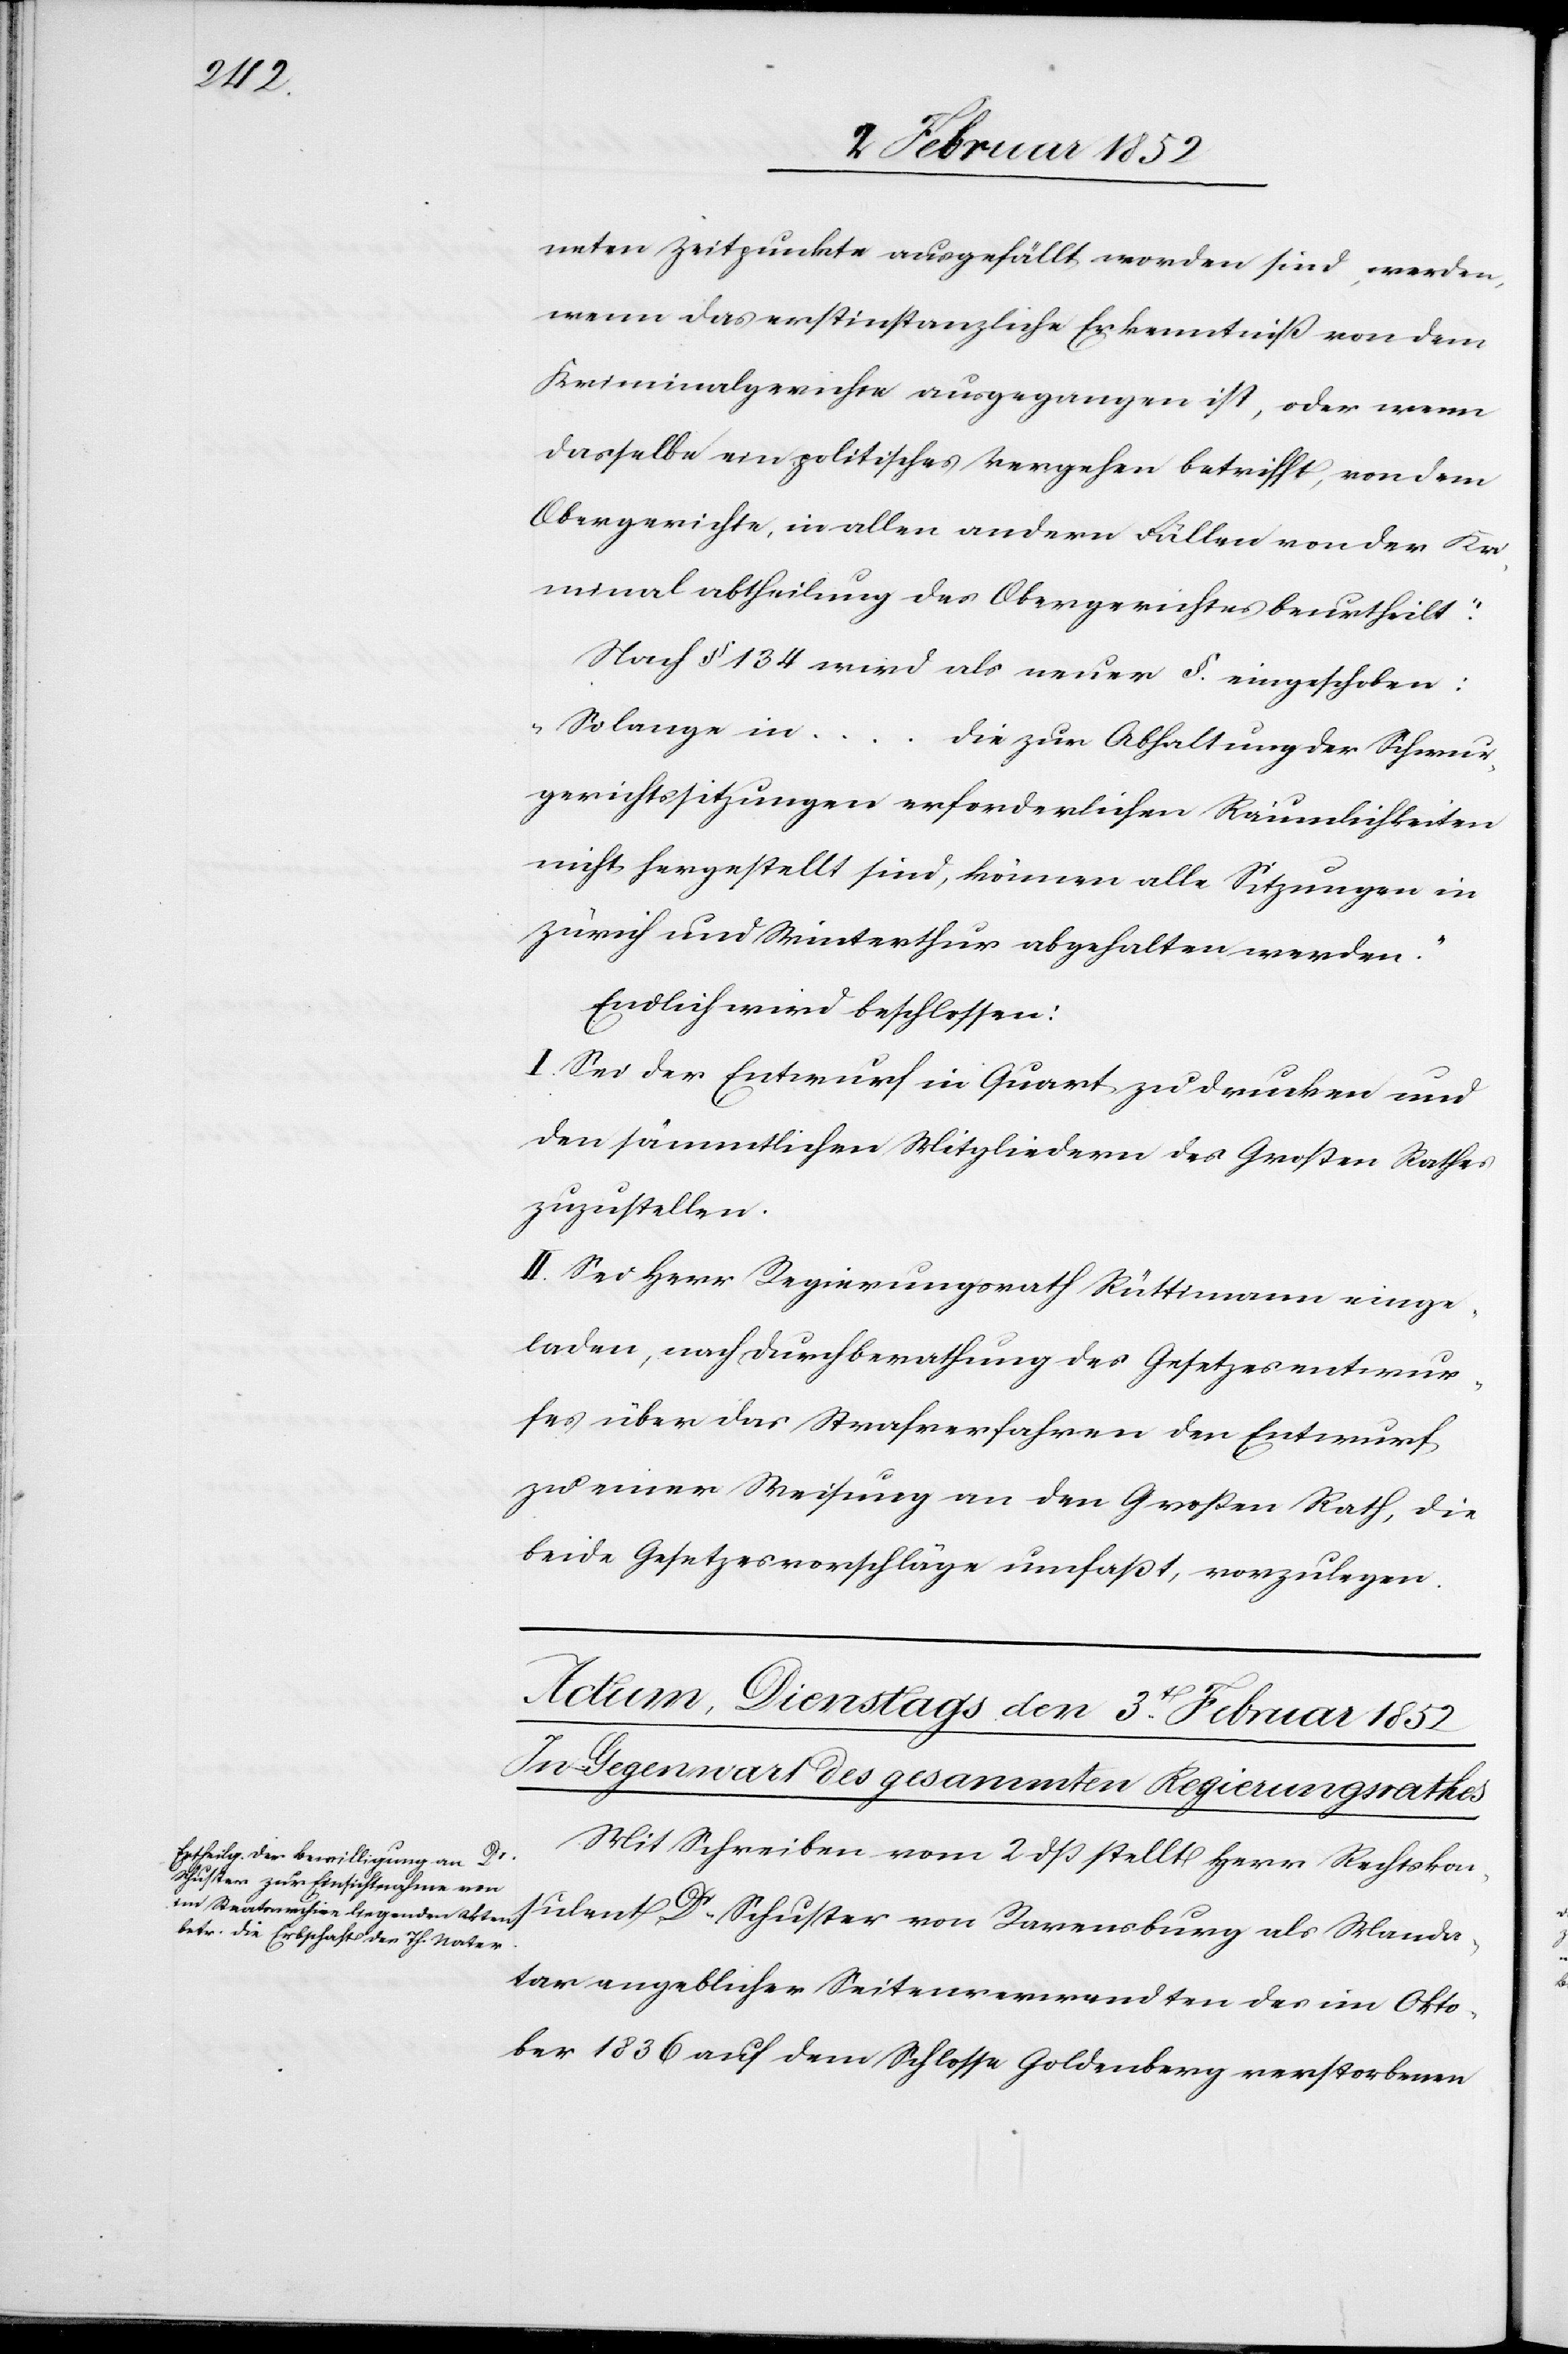
neten Zeitpunkte ausgefällt worden sind, werden,
wenn das erstinstanzliche Erkenntniß von dem
Kriminalgerichte ausgegangen ist, oder wenn
dasselbe ein politisches Vergehen betrifft, von dem
Obergerichte, in allen andern Fällen von der Kr¬
iminalabtheilung des Obergerichtes beurtheilt.“
Nach § 134 wird als neuer §. eingeschoben:
„So lange in
die zur Abhaltung der Schwur¬
gerichtssitzungen erforderlichen Räumlichkeiten
nicht hergestellt sind, können alle Sitzungen in
Zürich und Winterthur abgehalten werden.“
Endlich wird beschlossen:
I. Sei der Entwurf in Quart zu drucken und
den sämmtlichen Mitgliedern des Großen Rathes
zuzustellen.
II. Sei Herr Regierungsrath Rüttimann einge¬
laden, nach Durchberathung des Gesetzesentwur¬
fes über das Strafverfahren den Entwurf
zu einer Weisung an den Großen Rath, die
beide Gesetzesentwürfe umfaßt, vorzulegen.
Mit Schreiben vom 2 dß stellt Herr Rechtskon¬
sulent Dr Schuster von Ravensburg als Manda¬
tar angeblicher Seitenverwandten des im Okto¬
ber 1836 auf dem Schlosse Goldenberg verstorbenen